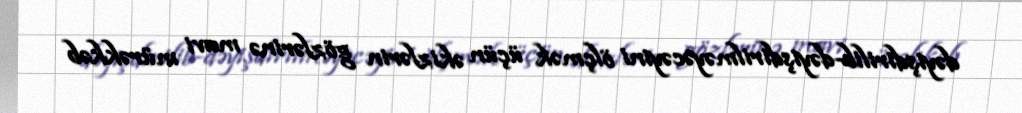
dəyişdirilib-dəyişdirilməyəcəyini ölçmək üçün əkizlərin gözlərinə mavi mürəkkəb